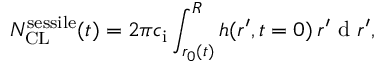
N _ { \mathrm { C L } } ^ { \mathrm { s e s s i l e } } ( t ) = 2 \pi c _ { \mathrm { i } } \int _ { r _ { 0 } ( t ) } ^ { R } h ( r ^ { \prime } , t = 0 ) \, r ^ { \prime } \mathrm { ~ d ~ } r ^ { \prime } ,